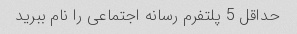
حداقل 5 پلتفرم رسانه اجتماعی را نام ببرید